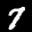
Label: 7